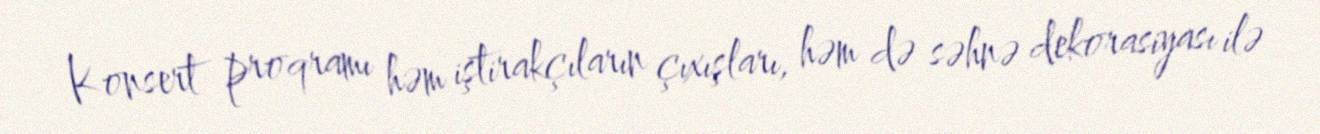
Konsert proqramı həm iştirakçıların çıxışları, həm də səhnə dekorasiyası ilə